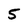
Character: 5